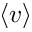
\langle v \rangle